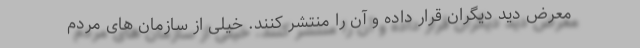
معرض دید دیگران قرار داده و آن را منتشر کنند. خیلی از سازمان های مردم